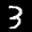
Label: 3